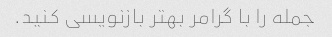
جمله را با گرامر بهتر بازنویسی کنید.